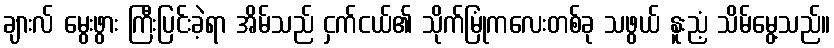
ချားလ် မွေးဖွား ကြီးပြင်းခဲ့ရာ အိမ်သည် ငှက်ငယ်၏ သိုက်မြုံကလေးတစ်ခု သဖွယ် နူးညံ့ သိမ်မွေ့သည်။